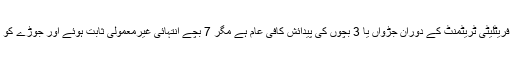
درحقیقت الٹرا ساﺅنڈ سے انکشاف ہوا کہ اس جوڑے کے ہاں 7 بچوں کی پیدائش ہورہی ہے، ویسے تو فریٹلیٹی ٹریٹمنٹ کے دوران جڑواں یا 3 بچوں کی پیدائش کافی عام ہے مگر 7 بچے انتہائی غیرمعمولی ثابت ہوئے اور جوڑے کو یہ مشکل فیصلہ کرنا تھا کہ وہ ان کی پیدائش چاہتے ہیں یا بوبی کو موت کے منہ میں ڈالنا چاہتے ہیں۔